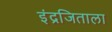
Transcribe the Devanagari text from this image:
इंद्रजिताला